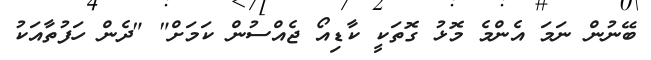
ބޭނުން ނަމަ އެންމެ މޮޅު ގޮތަކީ ކާޑިއޯ ޖެއްސުން ކަމަށް" "ދެން ހަފުތާއަކު